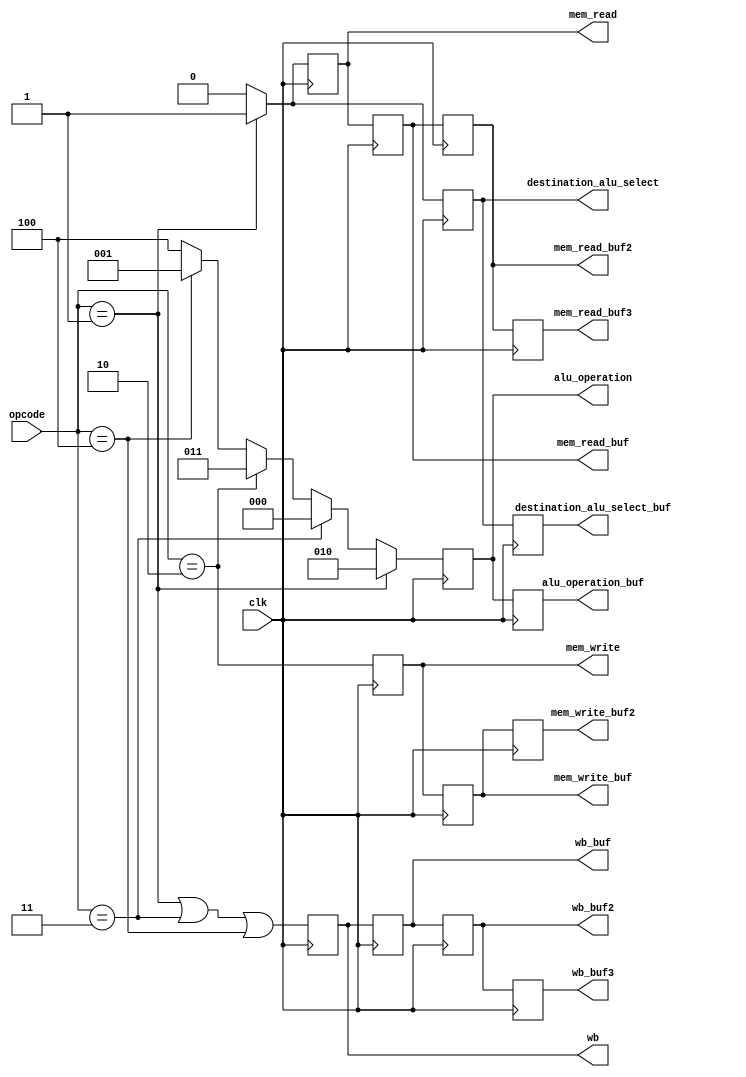
module control_unit(
    input clk,
    input[2:0] opcode,
    output reg mem_read,
    output reg mem_write,
    output reg[2:0] alu_operation,
    output reg wb,
    output reg destination_alu_select,
    
    output reg mem_read_buf,
    output reg mem_write_buf,
    output reg mem_read_buf2,
    output reg mem_write_buf2,
    output reg mem_read_buf3,
    
    output reg[2:0] alu_operation_buf,
    output reg wb_buf,
    output reg wb_buf2,
    output reg wb_buf3,
    output reg destination_alu_select_buf
);

    always @(negedge clk) begin
        // Buffering the data before changing
        mem_read_buf3 = mem_read_buf2;
        mem_read_buf2 = mem_read_buf;
        mem_write_buf2 = mem_write_buf;
        wb_buf3 = wb_buf2;
        wb_buf2 = wb_buf;
        
        mem_read_buf = mem_read;
        mem_write_buf = mem_write;

        alu_operation_buf = alu_operation;
        wb_buf = wb;
        destination_alu_select_buf = destination_alu_select;
    end

    always @(posedge clk) begin 
        // calculating the values of the current instruction stage.        
        mem_write = (opcode == 2); // store
        alu_operation = (opcode == 3 /*add*/) ? 0 :
                        (opcode == 2 /*std*/) ? 3 :
                        (opcode == 4 /*not*/) ? 1 : 4 /*NOP*/;
        
        if (opcode == 1) begin
            mem_read = 1;
            alu_operation = 2; /*pass the destination as a result*/
            destination_alu_select = 1;
        end else begin
            mem_read = 0;
            destination_alu_select = 0;
        end

        
        wb = (opcode == 1 || opcode == 3 || opcode == 4);
    end
endmodule